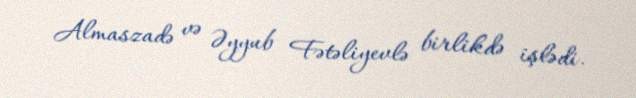
Almaszadə və Əyyub Fətəliyevlə birlikdə işlədi.